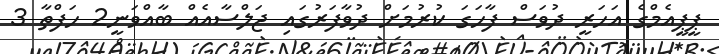
ޕީޕީއެމްގެ އަހަރީ ދުވަސް ފާހަގަ ކުރުމަށް ދުވާފަރުގައި ޖަލްސާއެއް ބާއްވަނީ2 ހަފްތާ 3